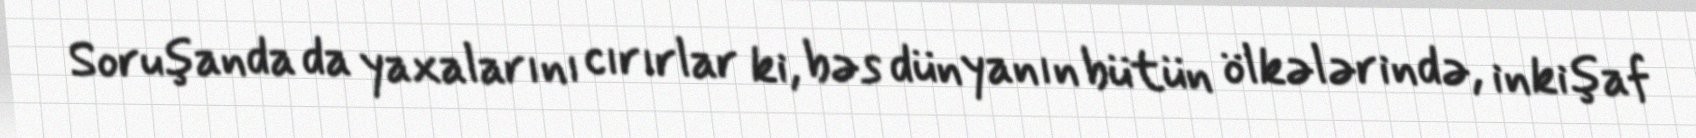
Soruşanda da yaxalarını cırırlar ki, bəs dünyanın bütün ölkələrində, inkişaf